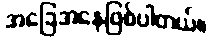
အခြေအနေဖြစ်ပါတယ်။